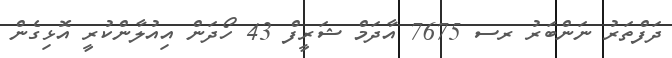
ދަފްތަރު ނަންބަރު ރސ 7675 އާދަމް ޝަރީފް 43 ހޯދަން އިއުލާންކުރީ އޮޅިގެން